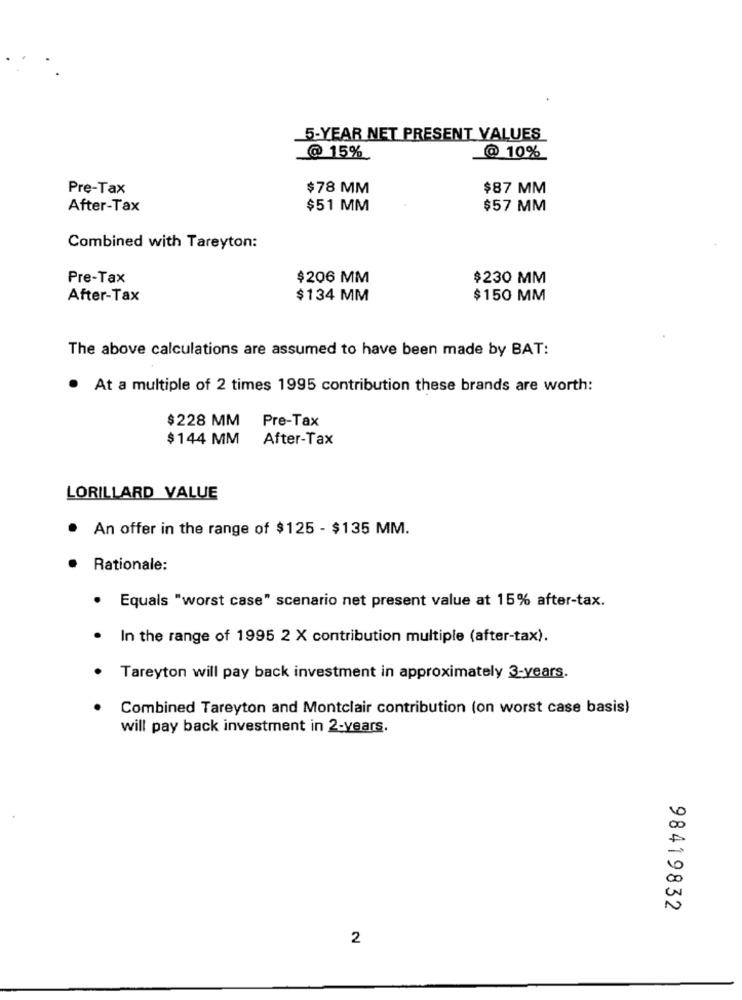
5-YEAR NET PRESENT VALUES
@ 15%
@ 10%
Pre-Tax
$78 MM
$87 MM
After-Tax
$51 MM
$57 MM
Combined with Tareyton:
Pre-Tax
$206 MM
$230 MM
After-Tax
$134 MM
$150 MM
The above calculations are assumed to have been made by BAT:
.
At a multiple of 2 times 1995 contribution these brands are worth:
$228 MM
Pre-Tax
$144 MM
After-Tax
LORILLARD VALUE
.
An offer in the range of $125 - $135 MM.
Rationale:
· Equais "worst case" scenario net present value at 15% after-tax.
.
In the range of 1995 2 X contribution multiple (after-tax).
Tareyton will pay back investment in approximately 3-years.
Combined Tareyton and Montclair contribution (on worst case basis)
will pay back investment in 2-years.
98419832
2